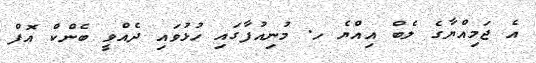
އެ ޖަމިއްޔާގެ ލެބް އިއްޔެ ހ. މުނިއުފާގައި ހުޅުވައި ދެއްވީ ބެންކް އޮފް